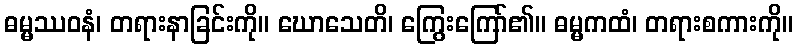
ဓမ္မဿဝနံ၊ တရားနာခြင်းကို။ ဃောသေတိ၊ ကြွေးကြော်၏။ ဓမ္မကထံ၊ တရားစကားကို။